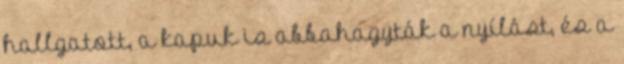
hallgatott, a kapuk is abbahagyták a nyílást, és a